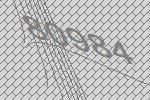
80984